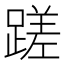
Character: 蹉